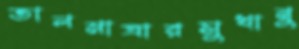
তালমাত্রারসুখানু